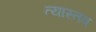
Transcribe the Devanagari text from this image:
त्यास्तव